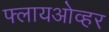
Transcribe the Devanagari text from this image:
फ्लायओव्हर